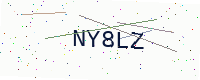
Text: NY8LZ